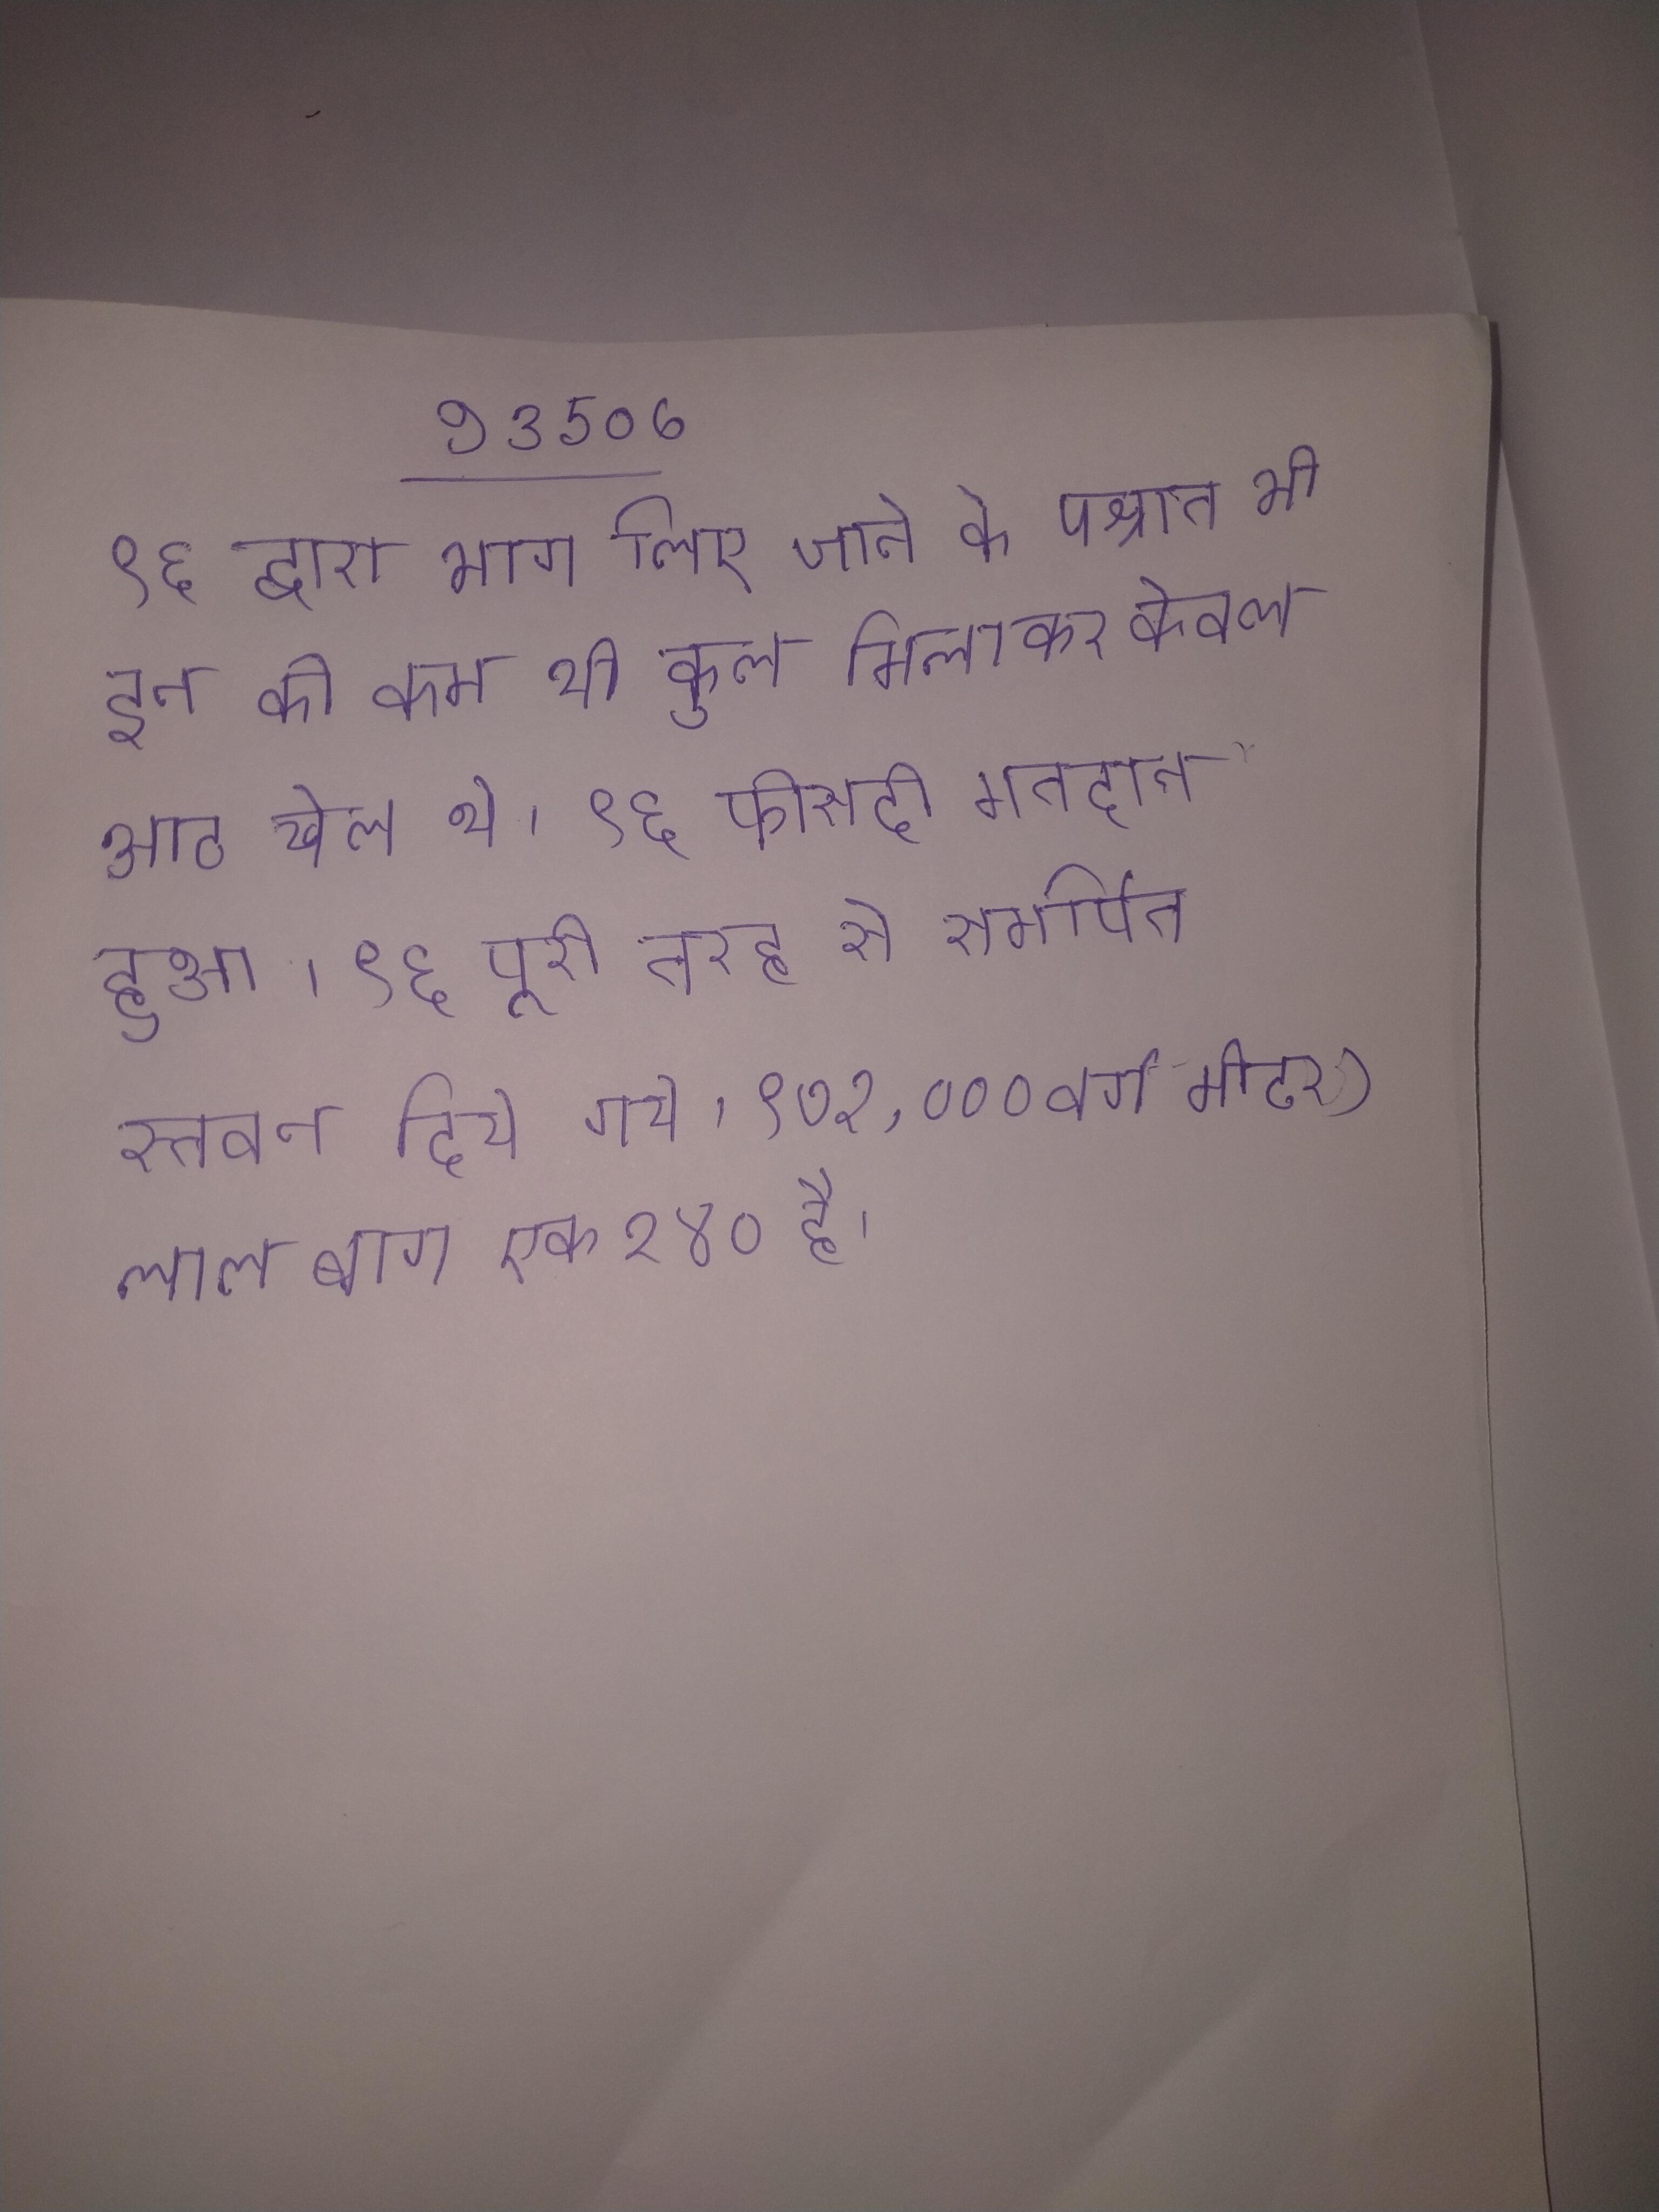
९६ द्वारा भाग लिए जाने के पश्चात भी इन की कम थी कुल मिलाकर केवल आठ खेल थे । ९६ फीसदी मतदान हुआ । ९६ पूरी तरह से समर्पित स्तवन दिये गये । ९७१,००० वर्ग मीटर) लाल बाग एक २४० है ।